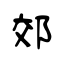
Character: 郊